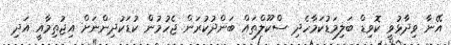
އޭނާ ވިދާޅުވީ ކޮވިޑް ބަލިމަޑުކަމާހެދި ސްކޫލްތައް ބަންދުކުރަން ޖެހުމުން ކުޑަކުދިންނަށް އިޖުތިމާއީ އަދި